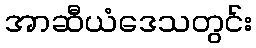
အာဆီယံဒေသတွင်း